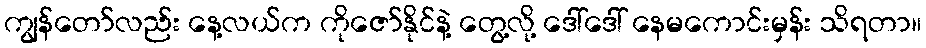
ကျွန်တော်လည်း နေ့လယ်က ကိုဇော်နိုင်နဲ့ တွေ့လို့ ဒေါ်ဒေါ် နေမကောင်းမှန်း သိရတာ။